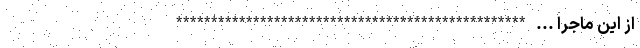
از این ماجرا ... **************************************************